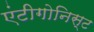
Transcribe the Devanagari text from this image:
एंटीगोनिस्ट